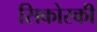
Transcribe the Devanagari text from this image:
सिकोस्की